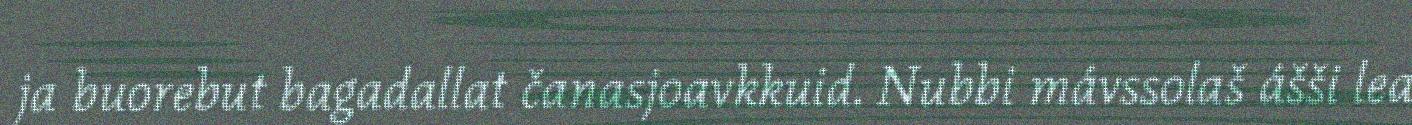
ja buorebut bagadallat čanasjoavkkuid. Nubbi mávssolaš ášši lea